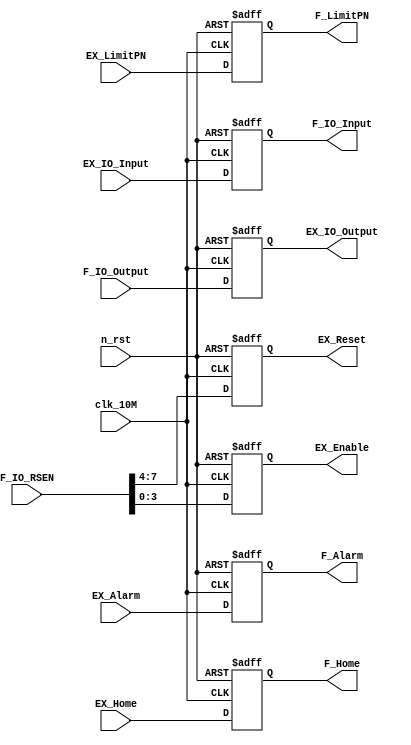
module emc_io(input clk_10M,input n_rst,
output reg[3:0] F_Alarm,output reg[3:0] F_Home,output reg[7:0] F_LimitPN,
output reg[15:0] F_IO_Input,input [15:0] F_IO_Output,input[15:0] F_IO_RSEN,//FPGA
//
input[3:0] EX_Alarm,input [3:0] EX_Home,input [7:0] EX_LimitPN,input [15:0] EX_IO_Input,
output reg[15:0] EX_IO_Output,output reg[3:0] EX_Reset,output reg[3:0] EX_Enable);//BOARD

//EX_LimitPN [7:0]	: 3+- 2+- 1+- 0+- 
always@(posedge clk_10M or negedge n_rst)
begin
	if(!n_rst)
	begin
		EX_IO_Output[15:0] 	<= 16'd0;
		F_Home[3:0] 			<= 4'd0;
		F_LimitPN[7:0] 		<= 8'd0;
		F_IO_Input[15:0]		<= 16'd0;
		EX_Enable[3:0]			<= 4'd0;
		EX_Reset[3:0]			<= 4'd0;
		F_Alarm[3:0]			<= 4'd0;
	end
	else
	begin
		EX_IO_Output[15:0] 	<= F_IO_Output[15:0];
		F_Home[3:0] 			<= EX_Home[3:0];
		F_LimitPN[7:0] 		<= EX_LimitPN[7:0];
		F_IO_Input[15:0]		<= EX_IO_Input[15:0];
		EX_Enable[3:0]			<= F_IO_RSEN[3:0];
		EX_Reset[3:0]			<= F_IO_RSEN[7:4];
		F_Alarm[3:0]			<= EX_Alarm[3:0];
	end
	
end


endmodule